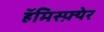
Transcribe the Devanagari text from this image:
हॅमिस्फ़्येर